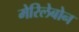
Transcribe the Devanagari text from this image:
मेरिलेबोन